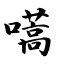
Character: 嚆